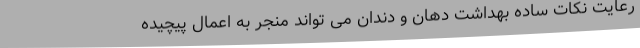
رعایت نکات ساده بهداشت دهان و دندان می تواند منجر به اعمال پیچیده